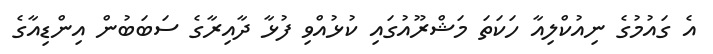
އެ ގައުމުގެ ނިއުކްލިއާ ހަކަތަ މަޝްރޫއުގައި ކުޅުއްވި ފުޅާ ދާއިރާގެ ސަބަބުން އިންޑިއާގެ